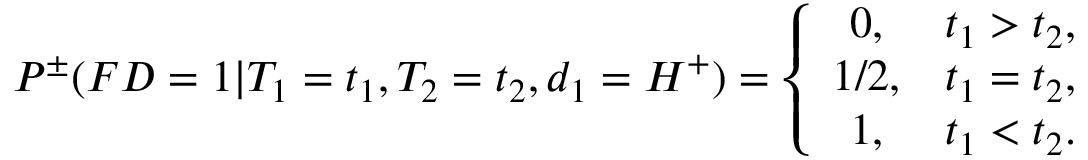
\begin{array} { r } { P ^ { \pm } ( F D = 1 | T _ { 1 } = t _ { 1 } , T _ { 2 } = t _ { 2 } , d _ { 1 } = H ^ { + } ) = \left\{ \begin{array} { c c } { 0 , } & { t _ { 1 } > t _ { 2 } , } \\ { 1 / 2 , } & { t _ { 1 } = t _ { 2 } , } \\ { 1 , } & { t _ { 1 } < t _ { 2 } . } \end{array} \right. } \end{array}